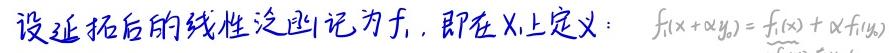
设延拓后的线性泛函记为$f_1$, 即在$X_1$上定义：$f_1(x+\alpha y_0)=f_1(x)+\alpha f_1(y_0)$